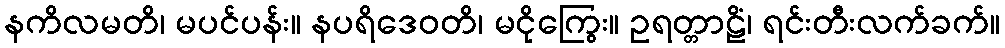
နကိလမတိ၊ မပင်ပန်း။ နပရိဒေဝတိ၊ မငိုကြွေး။ ဥရတ္တာဠိံ၊ ရင်းတီးလက်ခက်။